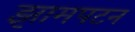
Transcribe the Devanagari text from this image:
झामपटन